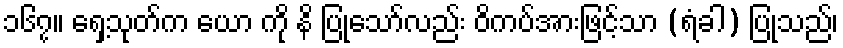
၁၆၇။ ရှေ့သုတ်က ယော ကို နိ ပြုသော်လည်း ဝိကပ်အားဖြင့်သာ (ရံခါ) ပြုသည်၊